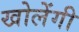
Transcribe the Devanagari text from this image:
खोलेंगी